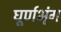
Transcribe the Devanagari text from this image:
घूर्णभृंग